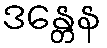
ဒန္တေန